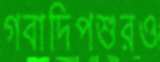
গবাদিপশুরও